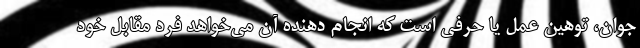
جوان، توهین عمل یا حرفی است که انجام دهنده آن می‌خواهد فرد مقابل خود